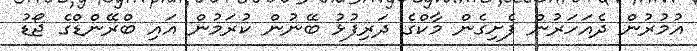
އުމުރުން ދެއަހަރުން ފެށިގެން މާކްގެ ދަރިފުޅު ބޭނުން ކުރަމުން އައި ބްރޭންޑްގެ ޖޯޑު